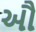
ઔ